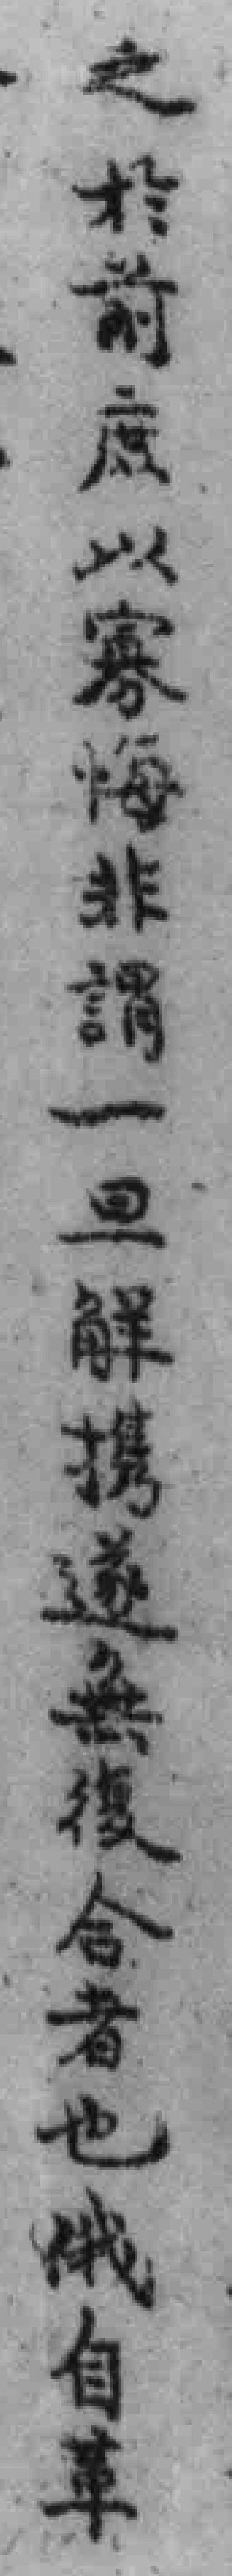
之於前庶以寡悔非謂一旦解携遂無復合者也俄自革